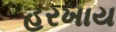
હરખાય